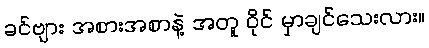
ခင်ဗျား အစားအစာနဲ့ အတူ ဝိုင် မှာချင်သေးလား။